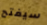
سيفتح